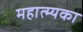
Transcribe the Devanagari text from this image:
महात्म्यका